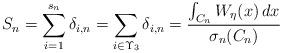
LaTeX: \begin{align*}S_{n}=\sum_{i=1}^{s_{n}}\delta _{i,n}=\sum_{i\in \Upsilon _{3}}\delta _{i,n}=\frac{\int_{C_{n}}W_{\eta }(x)\,dx}{\sigma _{n}(C_{n})} \end{align*}